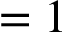
= 1